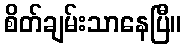
စိတ်ချမ်းသာနေပြီ။